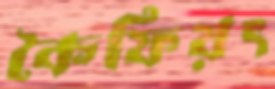
কৈফিয়ৎ